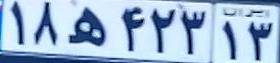
۱۸ه۴۲۳۱۳